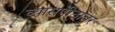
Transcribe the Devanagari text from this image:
व्‍यासपीठावर